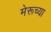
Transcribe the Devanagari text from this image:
मेरूच्या